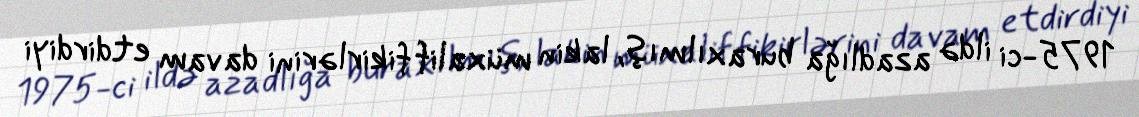
1975-ci ildə azadlığa buraxılmış, lakin müxalif fikirlərini davam etdirdiyi